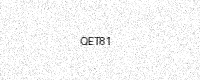
Text: QET81